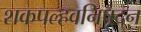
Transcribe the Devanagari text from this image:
शकपल्हवनिषूदन